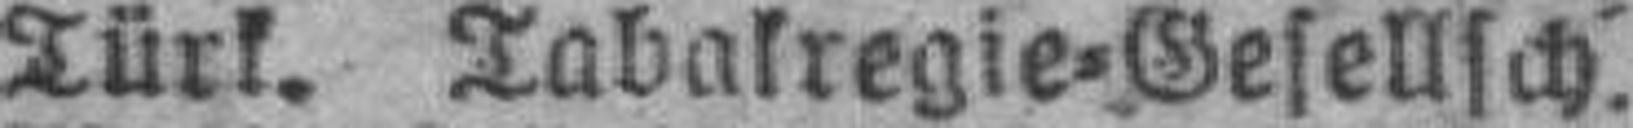
Türk. Tabakregie=Gesellsch.